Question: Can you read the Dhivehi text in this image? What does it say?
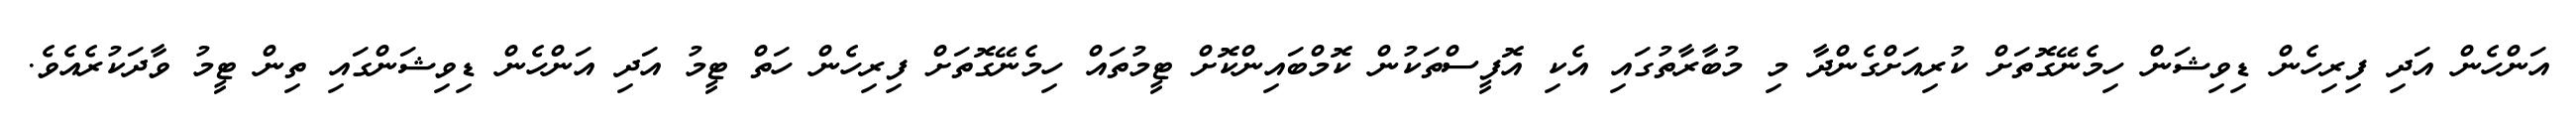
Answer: އަންހެން އަދި ފިރިހެން ޑިވިޝަން ހިމެނޭގޮތަށް ކުރިއަށްގެންދާ މި މުބާރާތުގައި އެކި އޮފީސްތަކުން ކޮމްބައިންކޮށް ޓީމުތައް ހިމެނޭގޮތަށް ފިރިހެން ހަތް ޓީމު އަދި އަންހެން ޑިވިޝަންގައި ތިން ޓީމު ވާދަކުރެއެވެ.